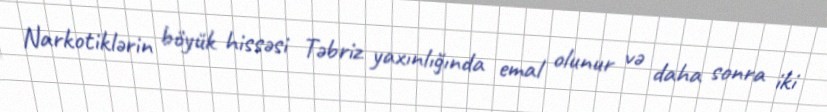
Narkotiklərin böyük hissəsi Təbriz yaxınlığında emal olunur və daha sonra iki